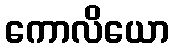
ကောလိယော